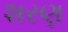
શરણ